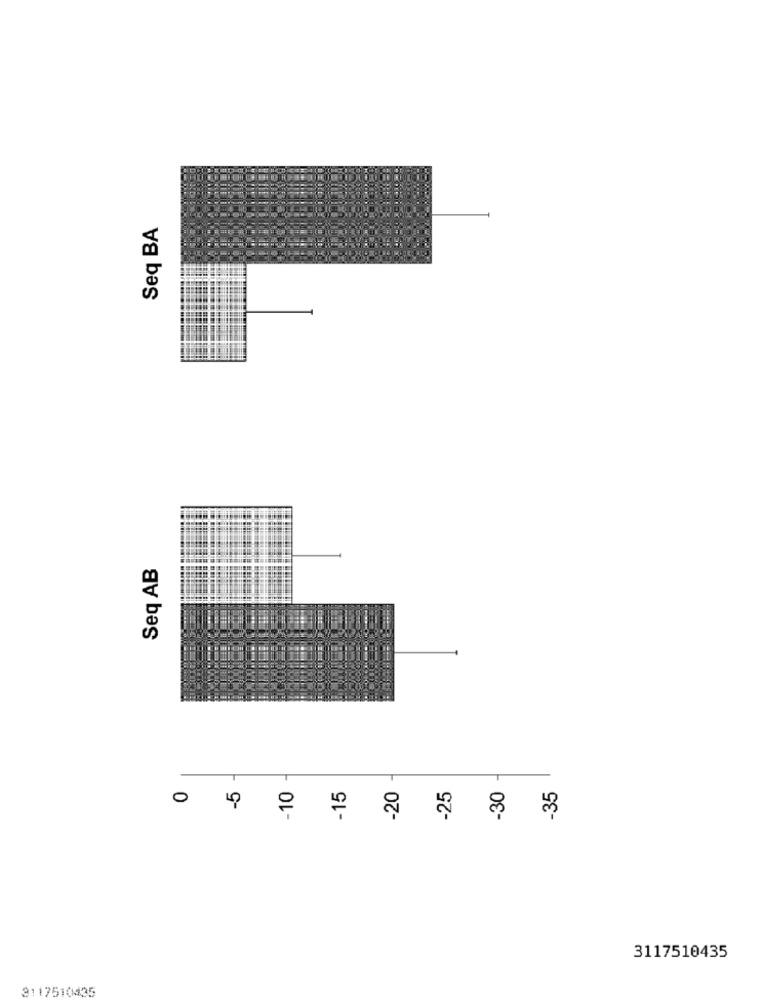
Seq BA
Seq AB
-5
-10
-15
-20
-25
-30
-35
£
3117510435
3117510435